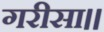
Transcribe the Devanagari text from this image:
गरीसा।।